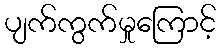
ပျက်ကွက်မှုကြောင့်